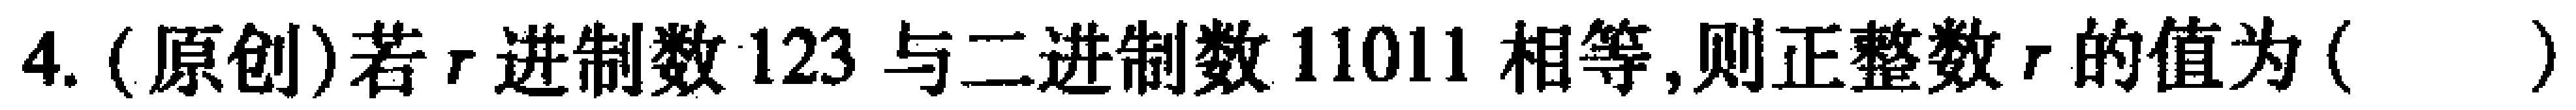
4. (原创)若$r$进制数$123$与二进制数$11011$相等,则正整数$r$的值为( )